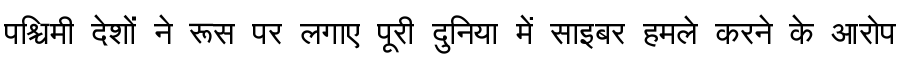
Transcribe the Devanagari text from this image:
पश्चिमी देशों ने रूस पर लगाए पूरी दुनिया में साइबर हमले करने के आरोप